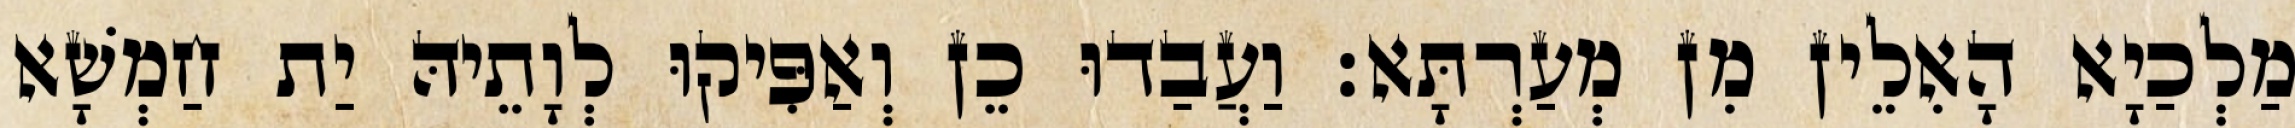
מַלְכַיָא הָאִלֵין מִן מְעַרְתָּא׃ וַעֲבַדוּ כֵן וְאַפִּיקוּ לְוָתֵיהּ יַת חַמְשָׁא